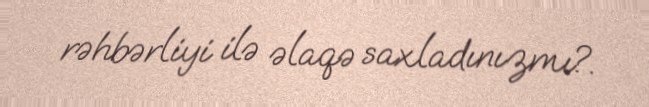
rəhbərliyi ilə əlaqə saxladınızmı?.